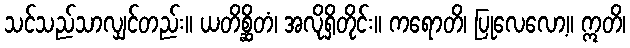
သင်သည်သာလျှင်တည်း။ ယတိစ္ဆိတံ၊ အလိုရှိတိုင်း။ ကရောတိ၊ ပြုလေလော့။ ဣတိ၊